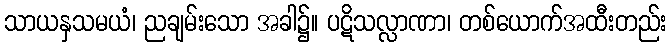
သာယနှသမယံ၊ ညချမ်းသော အခါ၌။ ပဋိသလ္လာဏာ၊ တစ်ယောက်အထီးတည်း